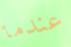
عندما